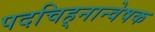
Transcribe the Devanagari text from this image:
पदचिह्‌नान्वेषक